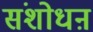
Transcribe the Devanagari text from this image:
संशोधऩ